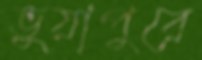
ভুয়াপুরে